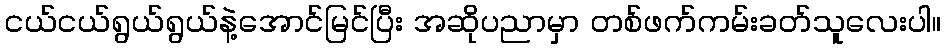
ငယ်ငယ်ရွယ်ရွယ်နဲ့အောင်မြင်ပြီး အဆိုပညာမှာ တစ်ဖက်ကမ်းခတ်သူလေးပါ။